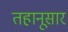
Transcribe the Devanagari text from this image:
तहानूसार